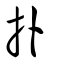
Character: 扑